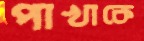
পাখাকে